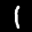
Label: 1